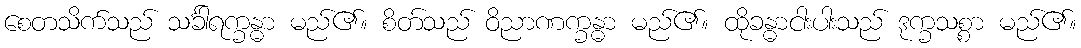
စေတသိက်သည် သင်္ခါရက္ခန္ဓာ မည်၏။ စိတ်သည် ဝိညာဏက္ခန္ဓာ မည်၏။ ထိုခန္ဓာငါးပါးသည် ဒုက္ခသစ္စာ မည်၏။